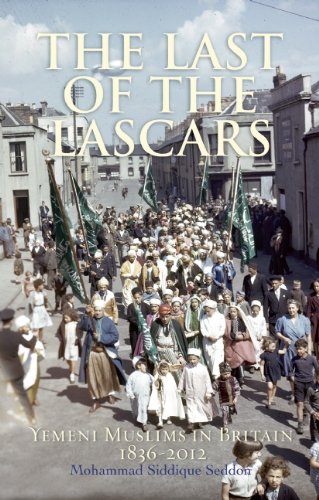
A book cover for The Last of the Lascars: Yemeni Muslims in Britain 1836-2012; Mohammed Siddique Seddon; History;